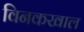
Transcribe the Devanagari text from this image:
विनकखाल